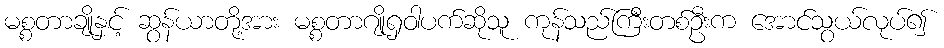
မစ္စတာချိုနှင့် ဆွန်ယာတို့အား မစ္စတာဂျိုရှဝါပက်ဆိုသူ ကုန်သည်ကြီးတစ်ဦးက အောင်သွယ်လုပ်၍